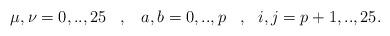
LaTeX: \begin{align*}\mu,\nu=0,..,25\,\,\,\,\,,\,\,\,\,\,a,b=0,..,p\,\,\,\,\,,\,\,\,\, i,j=p+1,..,25.\end{align*}